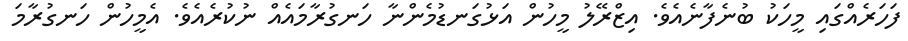
ފަހަރެއްގައި މީހަކު ބުނެފާނެއެވެ. އިޒްރޭލު މީހުން އަޅުގަނޑުމެންނާ ހަނގުރާމައެއް ނުކުރެއެވެ. އެމީހުން ހަނގުރާމަ